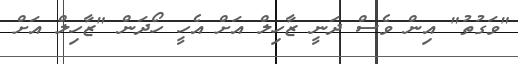
"ވަގުތު" އިން ވެސް ދަނީ ޒާހިލް އަށް އެހީ ހޯދަން "ޒާހިލް އަށް